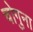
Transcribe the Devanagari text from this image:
चोगुना